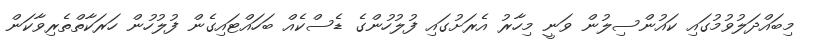
މިބައްދަލުވުމުގައި ކައުންސިލުން ވަނީ މިހާރު އެރަށުގައި ފުލުހުންގެ ޑެސްކެއް ބަހައްޓައިގެން ފުލުހުން ހަރަކާތްތެރިވާކަން